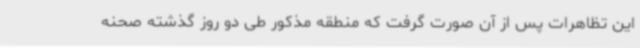
این تظاهرات پس از آن صورت گرفت که منطقه مذکور طی دو روز گذشته صحنه